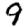
Digit: 9